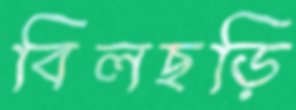
বিলছড়ি